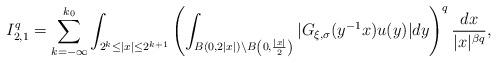
LaTeX: \begin{align*} I^{q}_{2,1}=\sum_{k=-\infty}^{k_0}\int_{2^{k}\leq|x|\leq 2^{k+1}}\left(\int_{B(0,2|x|)\setminus B\left(0,\frac{|x|}{2}\right)}|G_{\xi, \sigma}(y^{-1}x)u(y)|dy\right)^{q}\frac{dx}{|x|^{\beta q}},\end{align*}